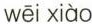
wēi xiào